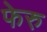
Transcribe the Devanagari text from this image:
फेरु